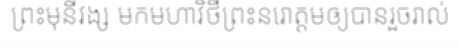
ព្រះមុនីវង្ស មកមហាវិថីព្រះនរោត្តមឲ្យបានរួចរាល់